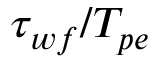
\tau _ { w f } / T _ { p e }